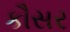
કૌસર